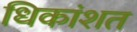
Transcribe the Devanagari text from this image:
धिकांशत